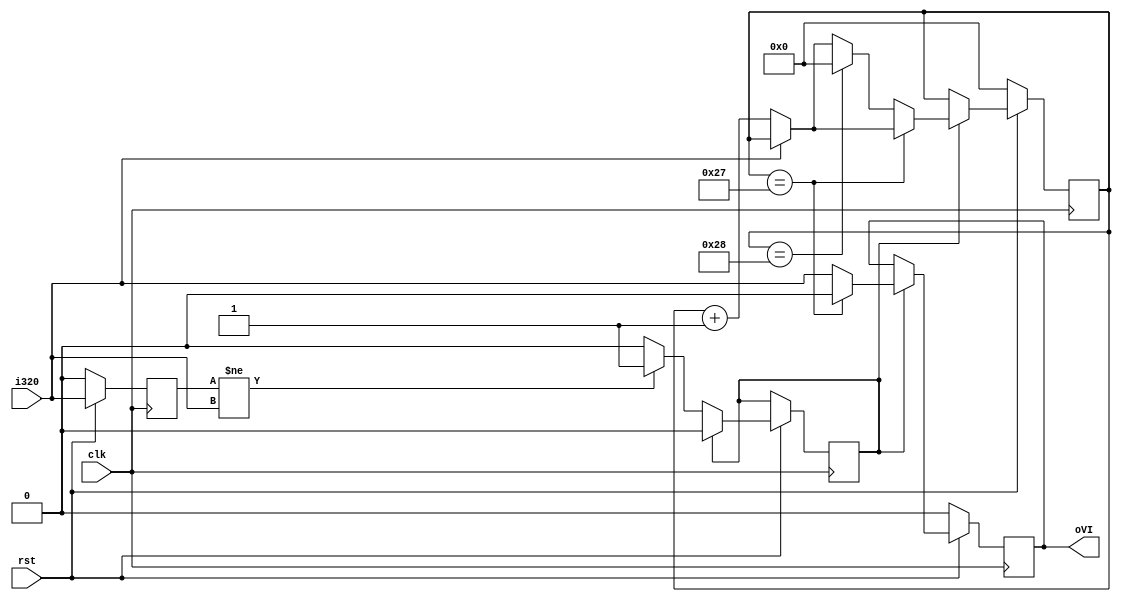
module VI
(
	input clk,
	input i320,
	input rst,
	output reg oVI
);

reg tmp;
reg cnt;
reg [6:0]count; 

always@(posedge clk)
begin
	if (~rst) begin
		tmp <= 0;
		count <= 0;
		oVI <= 0;
	end else begin
		if (tmp != i320) cnt <= 1;
		tmp <= i320;
		if (cnt == 1) begin
			if (i320 == 0) count <= count + 1'b1;
			if (count == 39) 
				oVI <= 0;
			else if (count ==40) 
			begin
				count <= 0;
				oVI <= i320;
			end else 
				oVI <= i320;
			
			cnt <= 0;
		end	
	end
end
endmodule